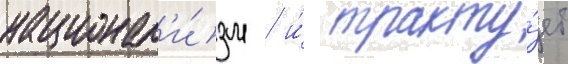
национал'и́зм / и́ тракту́ет